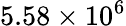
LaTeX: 5.58\times 10^{6}